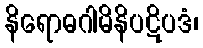
နိရောဓဂါမိနိပဋိပဒံ၊